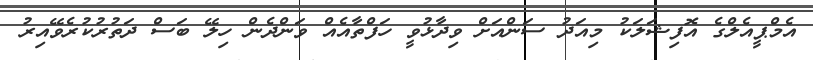
އެމްޕީއެލްގެ އޮފިޝަލަކު މިއަދު ސަންއަށް ވިދާޅުވީ ހަފްތާއެއް ވަންދެން ހިލޭ ބަސް ދަތުރުކުރެވޭއިރު